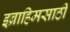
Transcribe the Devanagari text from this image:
इब्राहिमसाठी